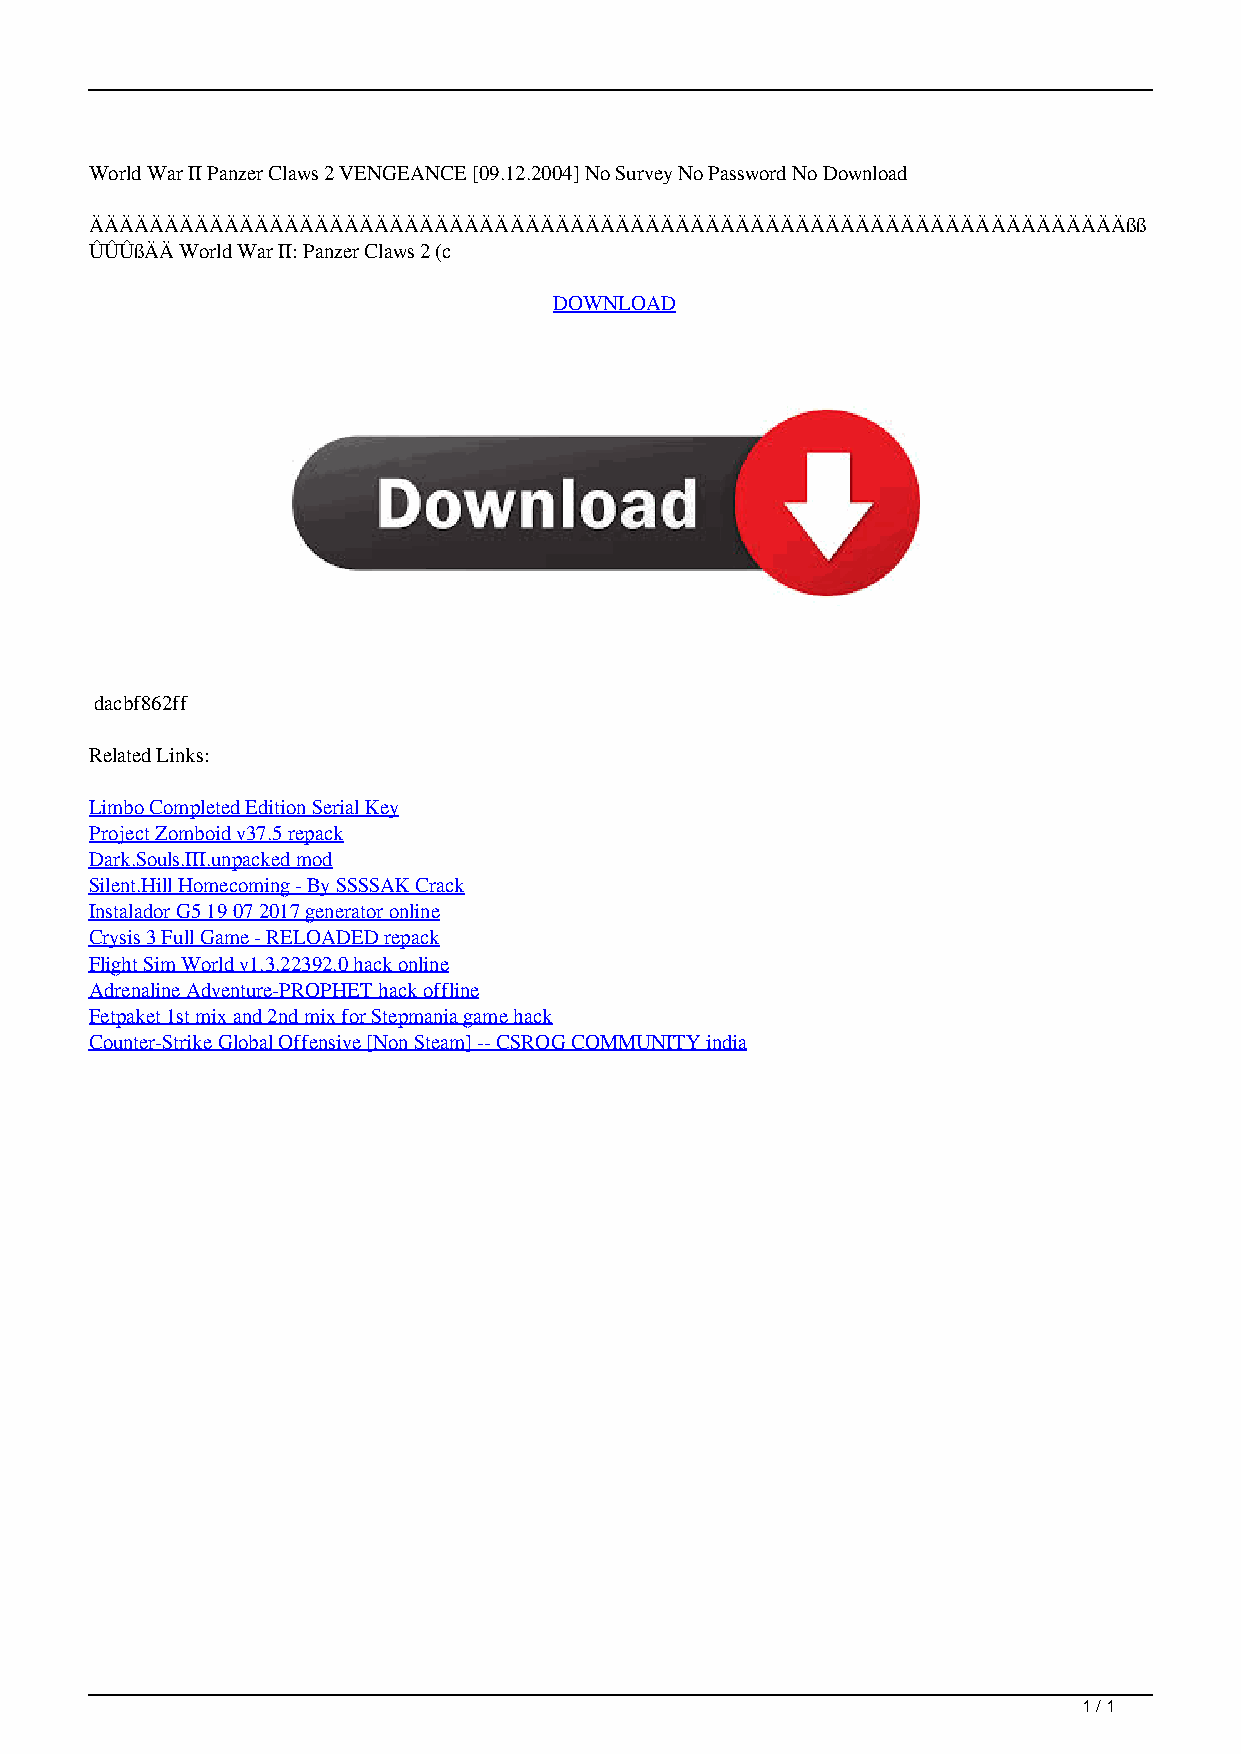
World War II Panzer Claws 2 VENGEANCE [09.12.2004] No Survey No Password No Download
 ÄÄÄÄÄÄÄÄÄÄÄÄÄÄÄÄÄÄÄÄÄÄÄÄÄÄÄÄÄÄÄÄÄÄÄÄÄÄÄÄÄÄÄÄÄÄÄÄÄÄÄÄÄÄÄÄÄÄÄÄÄÄÄÄÄÄÄÄÄßß
 ÛÛÛßÄÄ World War II: Panzer Claws 2 (c
 DOWNLOAD
 dacbf862ff
 Related Links:
 Limbo Completed Edition Serial Key
 Project Zomboid v37.5 repack
 Dark.Souls.III.unpacked mod
 Silent.Hill Homecoming - By SSSSAK Crack
 Instalador G5 19 07 2017 generator online
 Crysis 3 Full Game - RELOADED repack
 Flight Sim World v1.3.22392.0 hack online
 Adrenaline Adventure-PROPHET hack offline
 Fetpaket 1st mix and 2nd mix for Stepmania game hack
 Counter-Strike Global Offensive [Non Steam] -- CSROG COMMUNITY india
 1 / 1
 World War II Panzer Claws 2 VENGEANCE 09122004 No Survey No Password No Download